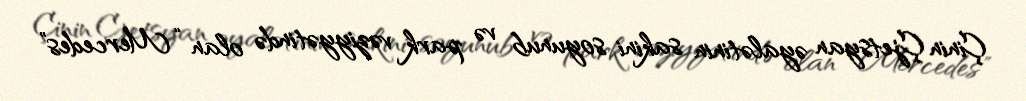
Çinin Çjetsyan əyalətinin sakini soyunub və park vəziyyətində olan “Mercedes”